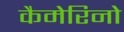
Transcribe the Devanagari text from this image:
कैमेरिनो